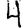
Digit: 4